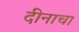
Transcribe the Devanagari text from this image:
दीनाचा